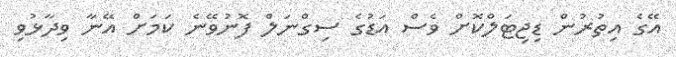
އޭގެ އިތުރުން ޑިޖިޓަލްކޮށް ވެސް އަޑުގެ ސިގްނަލް ފޮނުވޭނެ ކަމަށް އޭނާ ވިދާޅުވި